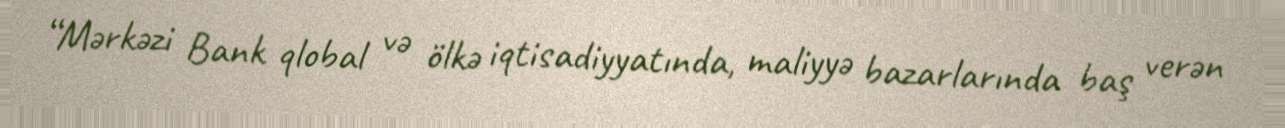
“Mərkəzi Bank qlobal və ölkə iqtisadiyyatında, maliyyə bazarlarında baş verən